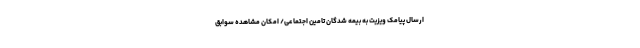
ارسال پیامک ویزیت به بیمه شدگان تامین اجتماعی/ امکان مشاهده سوابق